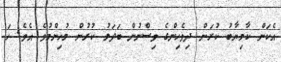
އެކަން ކާމިޔާބު ކުރަން ދިވެހިންގެ ވިސްނުން ބަދަލު ކުރުން މުހިންމުވެ އެވެ. ހަ